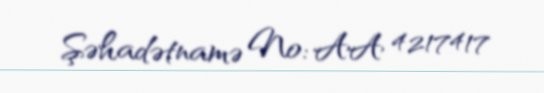
Şəhadətnamə №: AA 4217417